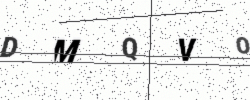
Text: DMQVO